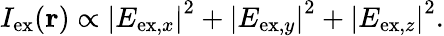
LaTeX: \begin{array}{r}{I_{\mathrm{ex}}(\mathbf{r})\propto\left\vert E_{\mathrm{ex},x}\right\vert^{2}+\left\vert E_{\mathrm{ex},y}\right\vert^{2}+\left\vert E_{\mathrm{ex},z}\right\vert^{2}.}\end{array}